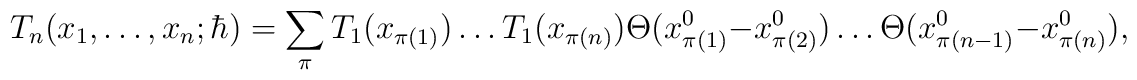
T_n(x_1, \ldots, x_n; \hbar) = \sum_{\pi} T_1(x_{\pi (1)} ) \ldots T_1(x_{\pi (n)} )  \Theta (x_{\pi (1)}^0 - x_{\pi (2)}^0 ) \ldots \Theta (x_{\pi (n-1)}^0 - x_{\pi (n)}^0),